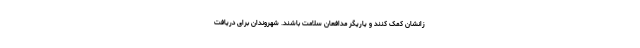
زانشان کمک کنند و یاریگر مدافعان سلامت باشند. شهروندان برای دریافت